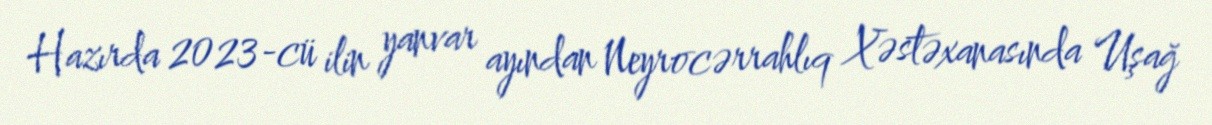
Hazırda 2023-cü ilin yanvar ayından Neyrocərrahlıq Xəstəxanasında Uşağ